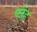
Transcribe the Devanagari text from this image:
फोह